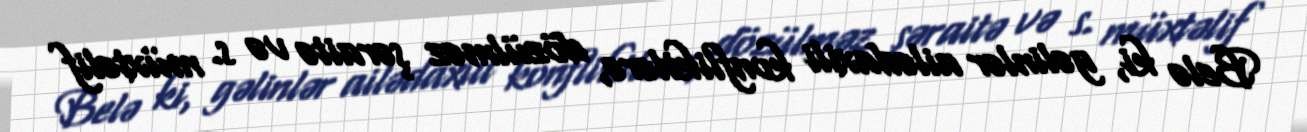
Belə ki, gəlinlər ailədaxili konfliktlərə, dözülməz şəraitə və s. müxtəlif